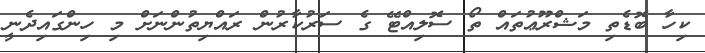
ކިހާ ބޮޑެތި މަޝްރޫޢުތައް ތޯ ސޮލިއްޓޭ ގެ ސަރުކާރުން ރައްޔިތުންނަށް މި ހިންގައިދެނީ